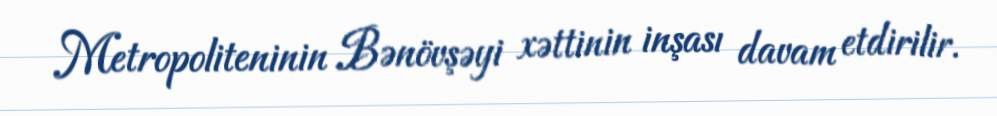
Metropoliteninin Bənövşəyi xəttinin inşası davam etdirilir.